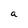
Character: a